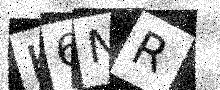
Text: K6NR